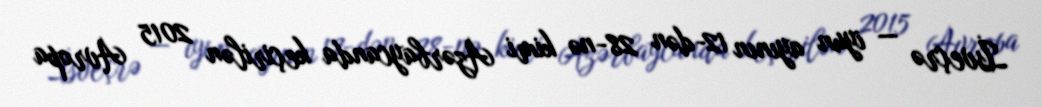
İsveçrə — iyun ayının 12-dən 28-nə kimi Azərbaycanda keçirilən 2015 Avropa